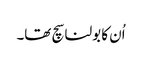
اُن کا بولنا سچ تھا۔